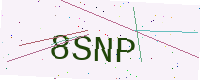
Text: 8SNP